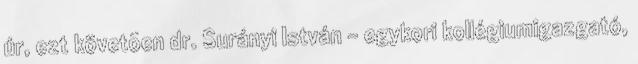
úr, ezt követõen dr. Surányi István - egykori kollégiumigazgató,